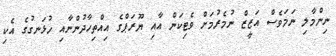
ނިންމާލި ނަމަވެސް އަޒީޒް ނުމެރުމަށް ވެޓިކަން އާއި ޔޫރަޕްގެ އިއްތިހާދުންނާއި ހުޅަނގުގެ އެކި